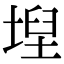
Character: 𡍤